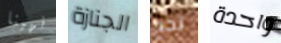
انهينا الجنازة نجح واحدة